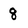
Character: 8